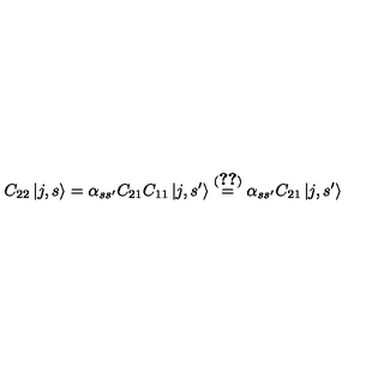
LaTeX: C _ { 2 2 } \left| j , s \right> = \alpha _ { s s ^ { \prime } } C _ { 2 1 } C _ { 1 1 } \left| j , s ^ { \prime } \right> \stackrel { ( \ref { p 3 . 2 } ) } { = } \alpha _ { s s ^ { \prime } } C _ { 2 1 } \left| j , s ^ { \prime } \right>